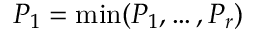
P _ { 1 } = \operatorname* { m i n } ( P _ { 1 } , \dots , P _ { r } )